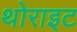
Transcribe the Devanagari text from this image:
थोराइट